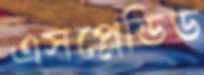
এসপ্লেন্ডিড